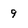
Character: 9